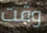
وقت